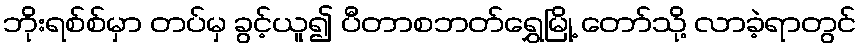
ဘိုးရစ်စ်မှာ တပ်မှ ခွင့်ယူ၍ ပီတာစဘတ်ရွှေမြို့ တော်သို့ လာခဲ့ရာတွင်